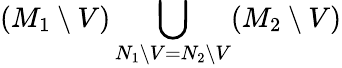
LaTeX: (M_{1}\setminus V)\bigcup_{N_{1}\setminus V=N_{2}\setminus V}(M_{2}\setminus V)